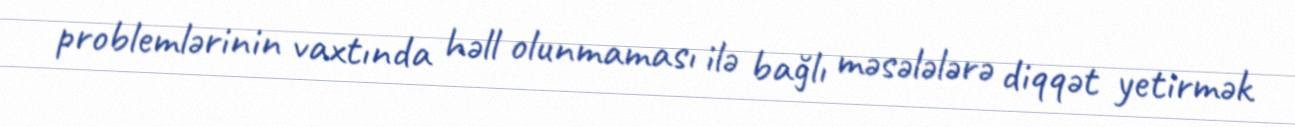
problemlərinin vaxtında həll olunmaması ilə bağlı məsələlərə diqqət yetirmək